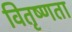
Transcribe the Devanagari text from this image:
वितृष्णता